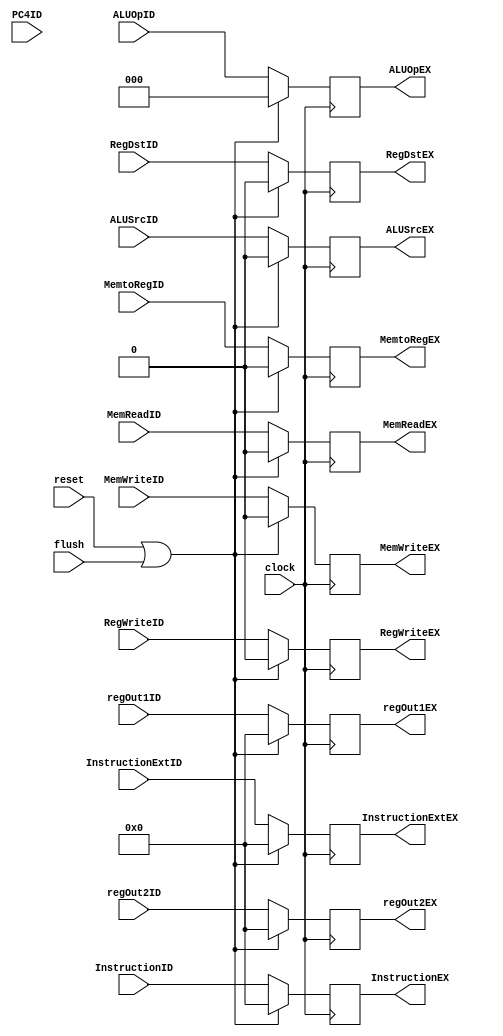
`ifndef _idex
`define _idex
`timescale 1ns / 1ps
//////////////////////////////////////////////////////////////////////////////////
// Company:
// Engineer:
//
// Design Name:
// Module Name:    IDEX
// Project Name:
// Target Devices:
// Tool versions:
// Description:
//
// Dependencies:
//
// Revision:
// Revision 0.01 - File Created
// Additional Comments:
//
//////////////////////////////////////////////////////////////////////////////////
module IDEX(clock, reset, flush,
	regOut1ID, regOut2ID, InstructionID, PC4ID, InstructionExtID,
	RegDstID, RegWriteID, MemReadID, MemWriteID, MemtoRegID, ALUSrcID, ALUOpID,
	regOut1EX, regOut2EX, InstructionEX, InstructionExtEX,
	RegDstEX, RegWriteEX, MemReadEX, MemWriteEX, MemtoRegEX, ALUSrcEX, ALUOpEX
);

	input clock;
	input reset;
	input flush;
	input [31:0] regOut1ID;
	input [31:0] regOut2ID;
	input [31:0] InstructionID;
	input [31:0] PC4ID;
	input [31:0] InstructionExtID;
	//control signal

	input RegDstID;
	input RegWriteID;
	input MemReadID;
	input MemWriteID;
	input MemtoRegID;
	input ALUSrcID;
	input [2:0] ALUOpID;

	output reg [31:0] regOut1EX;
	output reg [31:0] regOut2EX;
	output reg [31:0] InstructionEX;
	output reg [31:0] InstructionExtEX;

	output reg RegDstEX;
	output reg RegWriteEX;
	output reg MemReadEX;
	output reg MemWriteEX;
	output reg MemtoRegEX;
	output reg ALUSrcEX;
	output reg [2:0] ALUOpEX;


	initial begin
		regOut1EX <= 32'b0;
		regOut2EX <= 32'b0;
		InstructionEX <= 32'b0;
		InstructionExtEX <= 32'b0;
		RegDstEX <= 1'b0;
		RegWriteEX <= 1'b0;
		MemReadEX <= 1'b0;
		MemWriteEX <= 1'b0;
		MemtoRegEX <= 1'b0;
		ALUSrcEX <= 1'b0;
		ALUOpEX <= 3'b0;

	end

	always @(posedge clock) begin
		if (reset || flush) begin
			regOut1EX <= 32'b0;
			regOut2EX <= 32'b0;
			InstructionEX <= 32'b0;
			InstructionExtEX <= 32'b0;
			RegDstEX <= 1'b0;
			RegWriteEX <= 1'b0;
			MemReadEX <= 1'b0;
			MemWriteEX <= 1'b0;
			MemtoRegEX <= 1'b0;
			ALUSrcEX <= 1'b0;
			ALUOpEX <= 3'b0;
		end
		else begin
			regOut1EX <= regOut1ID;
			regOut2EX <= regOut2ID;
			InstructionEX <= InstructionID;
			InstructionExtEX <= InstructionExtID;
			RegDstEX <= RegDstID;
			RegWriteEX <= RegWriteID;
			MemReadEX <= MemReadID;
			MemWriteEX <= MemWriteID;
			MemtoRegEX <= MemtoRegID;
			ALUSrcEX <= ALUSrcID;
			ALUOpEX <= ALUOpID;
		end

	end


endmodule
`endif